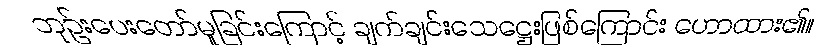
ဘုဉ်းပေးတော်မူခြင်းကြောင့် ချက်ချင်းသေဋ္ဌေးဖြစ်ကြောင်း ဟောထား၏။